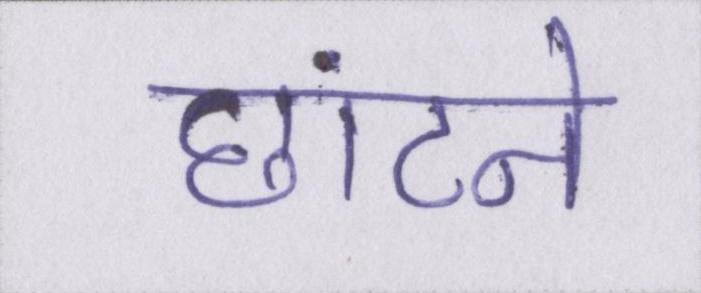
छांटने